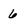
Character: 6